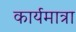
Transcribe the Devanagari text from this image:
कार्यमात्रा